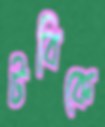
টবিকে